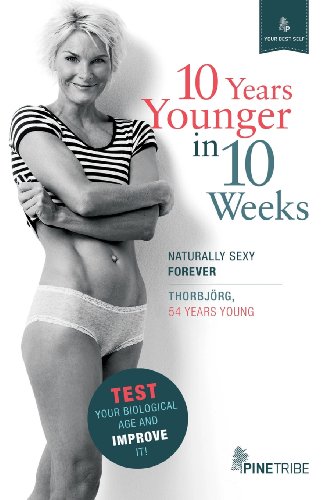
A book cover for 10 Years Younger in 10 Weeks; Thorbjorg; Health, Fitness & Dieting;